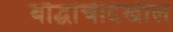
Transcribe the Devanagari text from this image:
बौद्धांचीदेखील